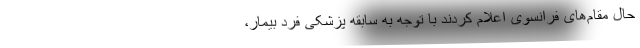
حال مقام‌های فرانسوی اعلام کردند با توجه به سابقه پزشکی فرد بیمار،